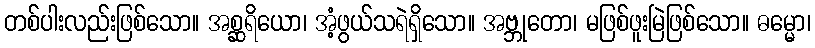
တစ်ပါးလည်းဖြစ်သော။ အစ္ဆရိယော၊ အံ့ဖွယ်သရဲရှိသော။ အဗ္ဘုတော၊ မဖြစ်ဖူးမြဲဖြစ်သော။ ဓမ္မော၊